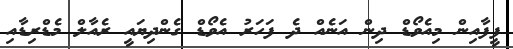
ފީފާއިން މިއެވޯޑް ދިން އަނެއް ދެ ފަހަރު އެވޯޑް ގެންދިޔައީ ރެއާލް މެޑްރިޑާއި